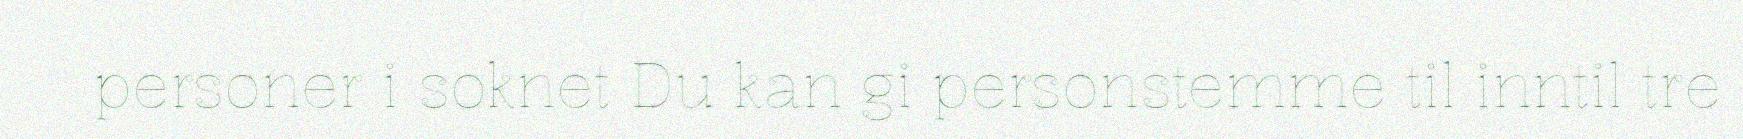
personer i soknet Du kan gi personstemme til inntil tre